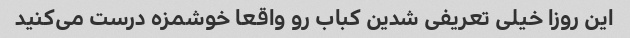
این روزا خیلی تعریفی شدین کباب رو واقعا خوشمزه درست می‌کنید